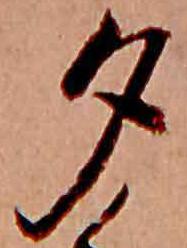
夕